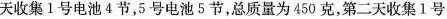
天收集1号电池4节，5号电池5节，总质量为450克，第二天收集1号